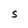
Character: S